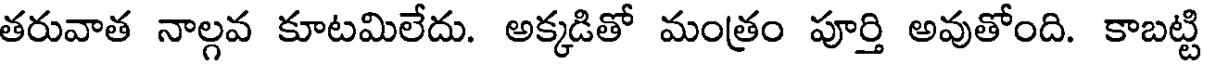
తరువాత నాల్గవ కూటమిలేదు. అక్కడితో మంత్రం పూర్తి అవుతోంది. కాబట్టి